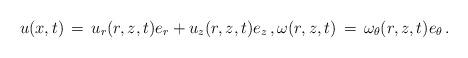
LaTeX: \begin{align*} u(x,t) \,=\, u_r(r,z,t) e_r + u_z(r,z,t) e_z\,, \omega(r,z,t) \,=\, \omega_\theta(r,z,t)e_\theta\,.\end{align*}